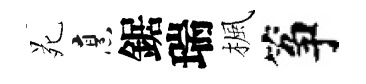
苑烹鋸瑞楓筝